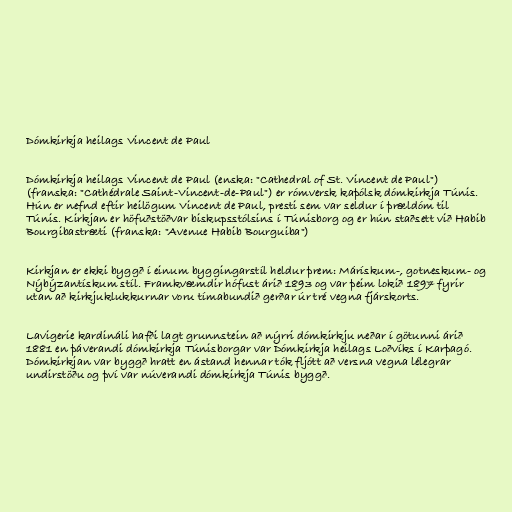
Dómkirkja heilags Vincent de Paul

Dómkirkja heilags Vincent de Paul (enska: "Cathedral of St. Vincent de Paul")
(franska: "Cathédrale Saint-Vincent-de-Paul") er rómversk kaþólsk dómkirkja Túnis.
Hún er nefnd eftir heilögum Vincent de Paul, presti sem var seldur í þrældóm til
Túnis. Kirkjan er höfuðstöðvar biskupsstólsins í Túnisborg og er hún staðsett við Habib
Bourgibastræti (franska: "Avenue Habib Bourguiba")

Kirkjan er ekki byggð í einum byggingarstíl heldur þrem: Márískum-, gotneskum- og
Nýbýzantískum stíl. Framkvæmdir hófust árið 1893 og var þeim lokið 1897 fyrir
utan að kirkjuklukkurnar voru tímabundið gerðar úr tré vegna fjárskorts.

Lavigerie kardináli hafði lagt grunnstein að nýrri dómkirkju neðar í götunni árið
1881 en þáverandi dómkirkja Túnisborgar var Dómkirkja heilags Loðvíks í Karþagó.
Dómkirkjan var byggð hratt en ástand hennar tók fljótt að versna vegna lélegrar
undirstöðu og því var núverandi dómkirkja Túnis byggð.